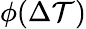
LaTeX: \phi(\Delta\mathcal{T})